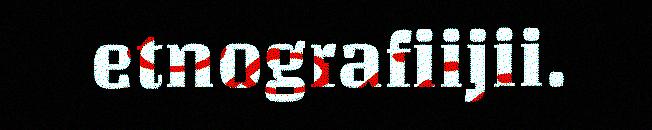
etnografiijii.